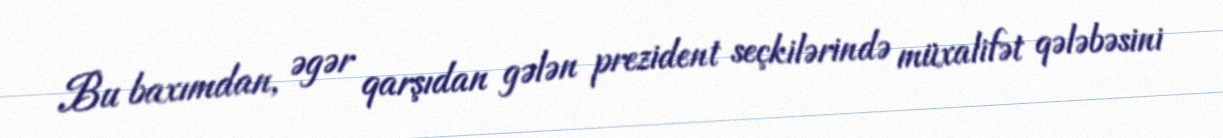
Bu baxımdan, əgər qarşıdan gələn prezident seçkilərində müxalifət qələbəsini